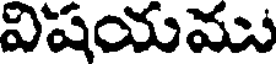
విషయము